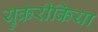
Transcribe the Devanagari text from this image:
युकरीकिया